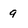
Character: 9